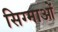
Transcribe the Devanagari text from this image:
सिग्माओं